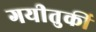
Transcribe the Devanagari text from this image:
गयीतुर्की